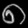
Digit: ၈